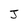
Character: J